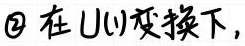
\textcircled{2} 在 U(1)变换下，